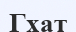
Гхат